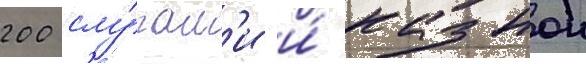
200 слу́гам'и и́ казнои